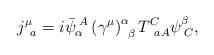
LaTeX: \begin{align*}j_{\;\;a}^{\mu }=i\bar{\psi}_{\alpha }^{\;A}\left( \gamma ^{\mu }\right)_{\;\;\beta }^{\alpha }T_{\;\;aA}^{C}\psi _{\;C}^{\beta }, \end{align*}